Vaccination in the Punjab 1883-1896 - 1883-1896
Year: 1883
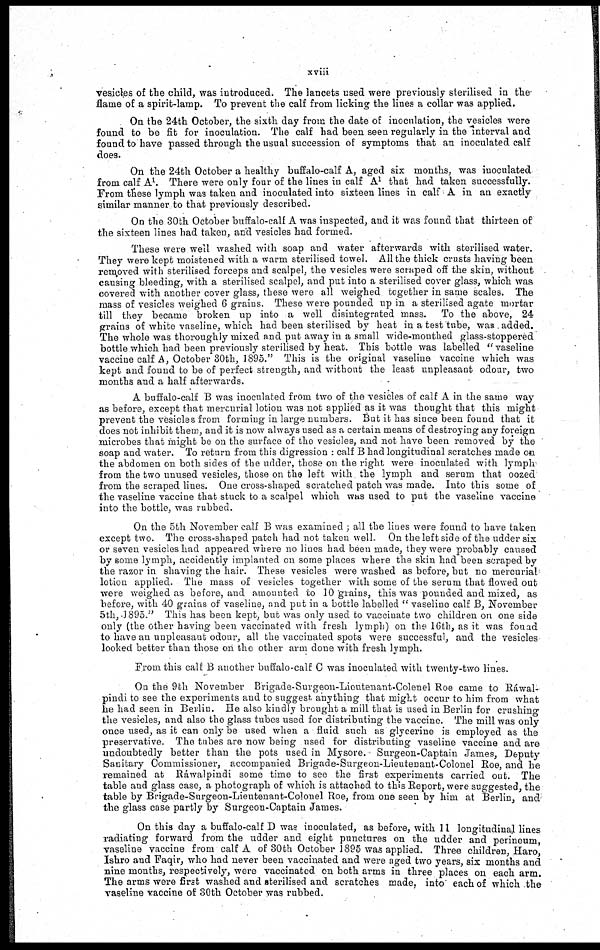
xviii
vesicles of the child, was introduced. The lancets used were previously sterilised in the¬
flame of a spirit-lamp. To prevent the calf from licking the lines a collar was applied.
On the 24th October, the sixth day from the date of inoculation, the vesicles were
found to be fit for inoculation. The calf had been seen regularly in the interval and
found to have passed through the usual succession of symptoms that an inoculated calf
does.
On the 24th October a healthy buffalo-calf A, aged six months, was inoculated
from calf A 1 . There were only four of the lines in calf A 1 that had taken successfully.
From these lymph was taken and inoculated into sixteen lines in calf A in an exactly
similar manner to that previously described.
On the 30th October buffalo-calf A was inspected, and it was found that thirteen of
the sixteen lines had taken, and vesicles had formed.
These were well washed with soap and water afterwards with sterilised water.
They were kept moistened with a warm sterilised towel. All the thick crusts having been
removed with sterilised forceps and scalpel, the vesicles were scraped off the skin, without
causing bleeding, with a sterilised scalpel, and put into a sterilised cover glass, which was
covered with another cover glass, these were all weighed together in same scales. The
mass of vesicles weighed 6 grains. These were pounded up in a sterilised agate mortar
till they became broken up into a well disintegrated mass. To the above, 24
grains of white vaseline, which had been sterilised by heat in a test tube, was added.
The whole was thoroughly mixed and put away in a small wide-mouthed glass-stoppered
bottle which had been previously sterilised by heat. This bottle was labelled " vaseline
vaccine calf A, October 30th, 1895." This is the original vaseline vaccine which was
kept and found to be of perfect strength, and without the least unpleasant odour, two
months and a half afterwards.
A buffalo-calf B was inoculated from two of the vesicles of calf A in the same way
as before, except that mercurial lotion was not applied as it was thought that this might
prevent the vesicles from forming in large numbers. But it has since been found that it
does not inhibit them, and it is now always used as a certain means of destroying any foreign
microbes that might be on the surface of the vesicles, and not have been removed by the
soap and water. To return from this digression : calf B had longitudinal scratches made on
the abdomen on both sides of the udder, those on the right were inoculated with lymph
from the two unused vesicles, those on the left with, the lymph and serum that oozed
from the scraped lines. One cross-shaped scratched patch was made. Into this some of
the vaseline vaccine that stuck to a scalpel which was used to put the vaseline vaccine
into the bottle, was rubbed.
On the 5th November calf B was examined ; all the lines were found to have taken
except two. The cross-shaped patch had not taken well. On the left side of the udder six
or seven vesicles had appeared where no lines had been made, they were probably caused
by some lymph, accidently implanted on some places where the skin had been scraped by
the razor in shaving the hair. These vesicles were washed as before, but no mercurial
lotion applied. The mass of vesicles together with some of the serum that flowed out
were weighed as before, and amounted to 10 grains, this was pounded and mixed, as
before, with 40 grains of vaseline, and put in a bottle labelled " vaseline calf B, November
5th,1895." This has been kept, but was only used to vaccinate two children on one side
only (the other having been vaccinated with fresh lymph) on the l6th, as it was found
to have an unpleasant odour, all the vaccinated spots were successful, and the vesicles
looked better than those on the other arm done with fresh lymph.
From this calf B another buffalo-calf C was inoculated with twenty-two lines.
On the 9th November Brigade-Surgeon-Lieutenant-Colenel Roe came to Ráwal-
pindi to see the experiments and to suggest anything that might occur to him from what
he had seen in Berlin. He also kindly brought a mill that is used in Berlin for crushing
the vesicles, and also the glass tubes used for distributing the vaccine. The mill was only
once used, as it can only be used when a fluid such as glycerine is employed as the
preservative. The tubes are now being used for distributing vaseline vaccine and are
undoubtedly better than the pots used in Mysore. Surgeon-Captain James, Deputy
Sanitary Commissioner, accompanied Brigade-Surgeon-Lieutenant-Colonel Roe, and he
remained at Ráwalpindi some time to see the first experiments carried out. The
table and glass case, a photograph of which is attached to this Report, were suggested, the
table by Brigade-Surgeon-Lieutenant-Colonel Roe, from one seen by him at Berlin, and
the glass case partly by Surgeon-Captain James.
On this day a buffalo-calf D was inoculated, as before, with 11 longitudinal lines
radiating forward from the udder and eight punctures on the udder and perineum,
vaseline vaccine from calf A of 30th October 1895 was applied. Three children Haro,
Ishro and Faqir, who had never been vaccinated and were aged two years, six: months and
nine months, respectively, were vaccinated on both arms in three places on each arm.
The arms were first washed and sterilised and scratches made, into each of which the
vaseline vaccine of 30th October was rubbed.